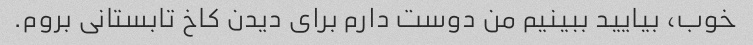
خوب، بیایید ببینیم من دوست دارم برای دیدن کاخ تابستانی بروم.